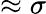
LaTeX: \approx\sigma